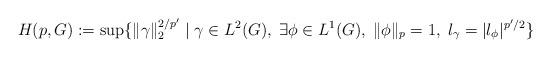
LaTeX: \begin{align*} H (p,G) := \sup \{ \| \gamma \|_2^{2/p'} \mid \gamma \in L^2 (G), \; \exists \phi \in L^1 (G), \; \| \phi \|_p = 1, \; l_\gamma = | l_\phi |^{p'/2} \} \end{align*}